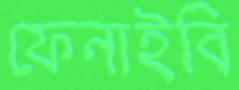
ফেনাইবি